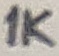
Text: 1K